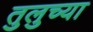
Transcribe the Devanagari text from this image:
तुलुच्या